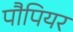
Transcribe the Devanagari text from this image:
पौपियर